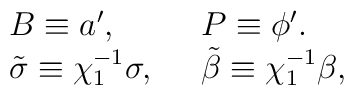
\left. \begin{array}{ll}B\equiv a',\ \ &P\equiv \phi'. \\\tilde\sigma \equiv \chi_1^{-1}\sigma,\ \ &\tilde\beta \equiv \chi_1^{-1}\beta,       \end{array}\right.